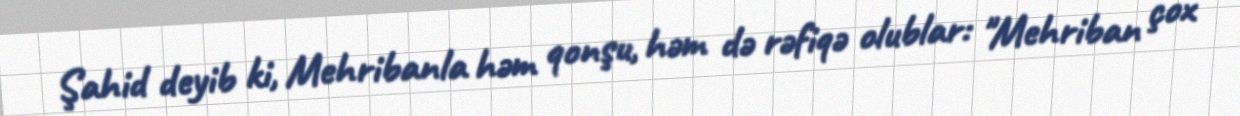
Şahid deyib ki, Mehribanla həm qonşu, həm də rəfiqə olublar: "Mehriban çox